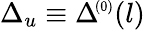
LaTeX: \Delta_{u}\equiv\Delta\! ^{{\scriptscriptstyle(0)}}(l)